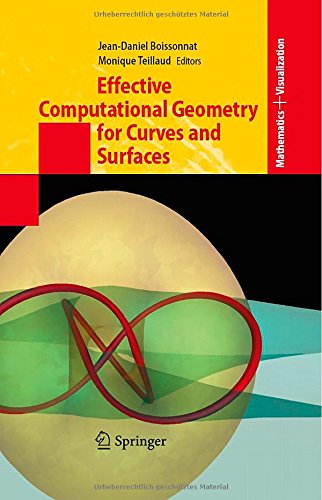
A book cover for Effective Computational Geometry for Curves and Surfaces (Mathematics and Visualization); Science & Math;